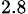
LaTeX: _{2.8}